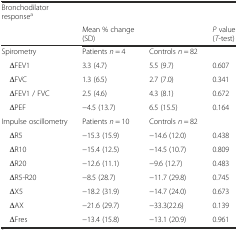
| Bronchodilator responsea |  |  |  |
 |  | Mean % change (SD) |  | P value (T-test) |
 | --- | --- | --- | --- |
 | Spirometry | Patients n = 4 | Controls n = 82 |  |
 | ΔFEV1 | 3.3 (4.7) | 5.5 (9.7) | 0.607 |
 | ΔFVC | 1.3 (6.5) | 2.7 (7.0) | 0.341 |
 | ΔFEV1 / FVC | 2.5 (4.6) | 4.3 (8.1) | 0.672 |
 | ΔPEF | −4.5 (13.7) | 6.5 (15.5) | 0.164 |
 | Impulse oscillometry | Patients n = 10 | Controls n = 82 |  |
 | ΔR5 | −15.3 (15.9) | −14.6 (12.0) | 0.438 |
 | ΔR10 | −15.4 (12.5) | −14.5 (10.7) | 0.809 |
 | ΔR20 | −12.6 (11.1) | −9.6 (12.7) | 0.483 |
 | ΔR5-R20 | −8.5 (28.7) | −11.7 (29.8) | 0.745 |
 | ΔX5 | −18.2 (31.9) | −14.7 (24.0) | 0.673 |
 | ΔAX | −21.6 (29.7) | −33.3(22.6) | 0.139 |
 | ΔFres | −13.4 (15.8) | −13.1 (20.9) | 0.961 |